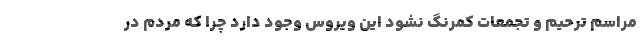
مراسم ترحیم و تجمعات کمرنگ نشود این ویروس وجود دارد چرا که مردم در